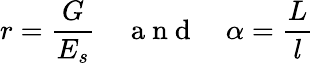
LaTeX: r=\frac{G}{E_{s}}\quad\mathrm{~a~n~d~}\quad\alpha=\frac{L}{l}